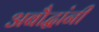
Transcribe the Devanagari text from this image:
अबौद्धांनी